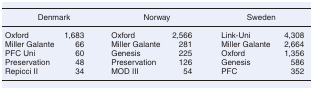
<table><thead><tr><td colspan="2"><b>Denmark</b></td><td colspan="2"><b>Norway</b></td><td colspan="2"><b>Sweden</b></td></tr></thead><tbody><tr><td>Oxford</td><td>1,683</td><td>Oxford</td><td>2,566</td><td>Link-Uni</td><td>4,308</td></tr><tr><td>Miller Galante</td><td>66</td><td>Miller Galante</td><td>281</td><td>Miller Galante</td><td>2,664</td></tr><tr><td>PFC Uni</td><td>60</td><td>Genesis</td><td>225</td><td>Oxford</td><td>1,356</td></tr><tr><td>Preservation</td><td>48</td><td>Preservation</td><td>126</td><td>Genesis</td><td>586</td></tr><tr><td>Repicci II</td><td>34</td><td>MOD III</td><td>54</td><td>PFC</td><td>352</td></tr></tbody></table>